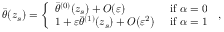
\begin{array} { r } { \bar { \theta } ( z _ { s } ) = \left\{ \begin{array} { l l } { \bar { \theta } ^ { ( 0 ) } ( z _ { s } ) + { O } \! \left( { \varepsilon } \right) } & { \mathrm { ~ i f ~ } \alpha = 0 } \\ { 1 + { \varepsilon } \bar { \theta } ^ { ( 1 ) } ( z _ { s } ) + { O } \! \left( { \varepsilon } ^ { 2 } \right) } & { \mathrm { ~ i f ~ } \alpha = 1 } \end{array} \right. \, , } \end{array}